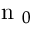
\textrm { n } _ { 0 }